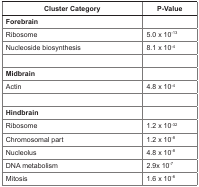
| Cluster Category | P-Value |
 | --- | --- |
 | Forebrain |  |
 | Ribosome | 5.0 × 10−13 |
 | Nucleoside biosynthesis | 8.1 × 10−4 |
 | Midbrain |  |
 | Actin | 4.8 × 10−4 |
 | Hindbrain |  |
 | Ribosome | 1.2 × 10−32 |
 | Chromosomal part | 1.2 × 10−8 |
 | Nucleolus | 4.8 × 10−8 |
 | DNA metabolism | 2.9x 10−7 |
 | Mitosis | 1.6 × 10−6 |